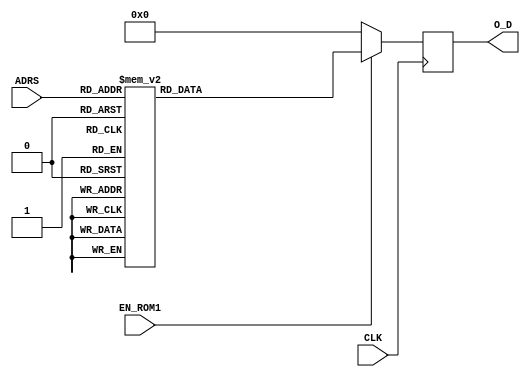
module LUT_Z#(parameter P = 32, parameter D = 5) ( 

input wire CLK, 
input wire EN_ROM1,
input wire [D-1:0] ADRS,
output reg [P-1:0] O_D
);
   
always @(posedge CLK)
      if (EN_ROM1)
         case (ADRS)
            5'b00000: O_D <= 32'b10111111100011001001111101010100;
            5'b00001: O_D <= 32'b10111111000000101100010101111000;
            5'b00010: O_D <= 32'b10111110100000001010110001001001;
            5'b00011: O_D <= 32'b10111110000000000010101011000100;
            5'b00100: O_D <= 32'b10111110000000000010101011000100;
            5'b00101: O_D <= 32'b10111101100000000000101010101100;
            5'b00110: O_D <= 32'b10111101000000000000001010101011;
            5'b00111: O_D <= 32'b10111100100000000000000010101011;
            5'b01000: O_D <= 32'b10111100000000000000000000101011;
            5'b01001: O_D <= 32'b10111011010111100011010101000010;
            5'b01010: O_D <= 32'b10111011000000000000000000000011;
            5'b01011: O_D <= 32'b10111010100000000000000000000001;
            5'b01100: O_D <= 32'b10111010000000000000000000000000;
            5'b01101: O_D <= 32'b10111001100000000000000000000000;
            5'b01110: O_D <= 32'b10111001100000000000000000000000;
            5'b01111: O_D <= 32'b10111001000000000000000000000000;
            5'b10000: O_D <= 32'b10111000100000000000000000000000;
            5'b10001: O_D <= 32'b10111000000000000000000000000000;
            5'b10010: O_D <= 32'b10110111100000000000000000000000;
            5'b10011: O_D <= 32'b10110111000000000000000000000000;
            5'b10100: O_D <= 32'b10110110100000000000000000000000;
            5'b10101: O_D <= 32'b10110110000000000000000000000000;
            5'b10110: O_D <= 32'b10110101100000000000000000000000;
            5'b10111: O_D <= 32'b10110101000000000000000000000000;
            5'b11000: O_D <= 32'b10110100100000000000000000000000;
            5'b11001: O_D <= 32'b10110100000000000000000000000000;
            5'b11010: O_D <= 32'b10110011100000000000000000000000;
            5'b11011: O_D <= 32'b10110011000000000000000000000000;
            5'b11100: O_D <= 32'b10110010100000000000000000000000;
            5'b11101: O_D <= 32'b10110010000000000000000000000000;
            5'b11110: O_D <= 32'b10110001100000000000000000000000;
            5'b11111: O_D <= 32'b10110001000000000000000000000000;
            default:  O_D <= 32'b00000000000000000000000000000000;
         endcase	 
         
        else
            O_D <= 32'b00000000000000000000000000000000;
         
endmodule